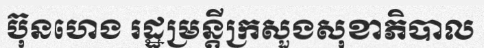
ប៊ុនហេង រដ្ឋម្រន្តីក្រសួងសុខាភិបាល